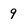
Character: 9